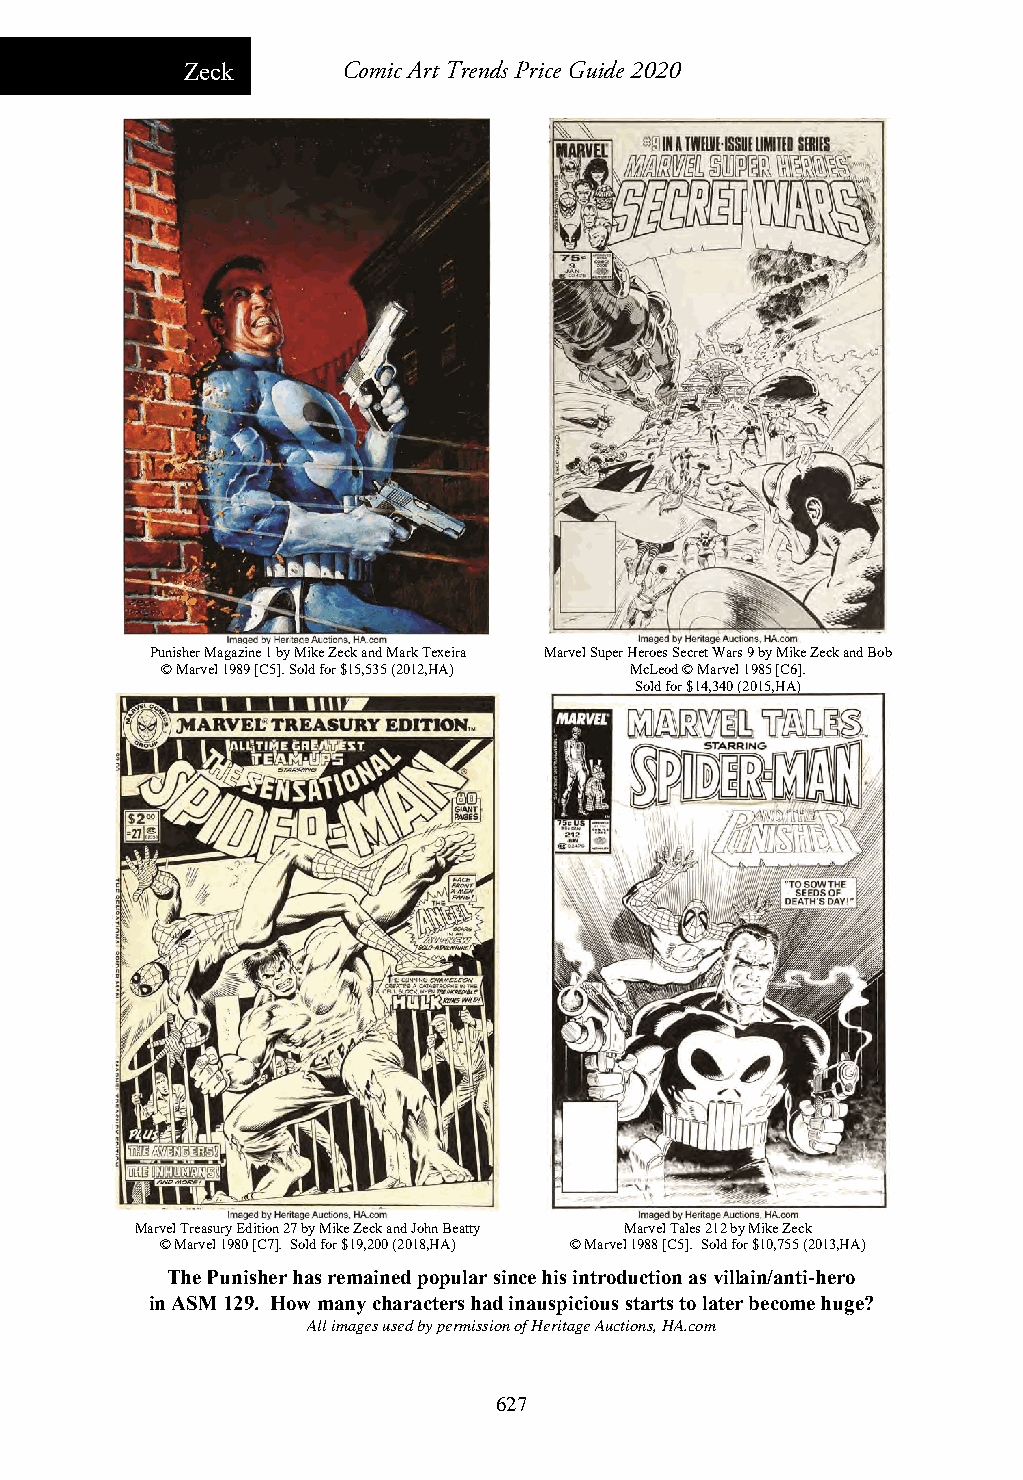
Zeck       Comic Art Trends Price Guide 2020
 Punisher Magazine 1 by Mike Zeck and Mark Texeira Marvel Super Heroes Secret Wars 9 by Mike Zeck and Bob
 © Marvel 1989 [C5]. Sold for $15,535 (2012,HA) McLeod © Marvel 1985 [C6].
 Soldfor $14,340(2015,HA)
 Marvel Treasury Edition 27 by Mike Zeck and John Beatty Marvel Tales 212 by Mike Zeck
 © Marvel 1980 [C7]. Sold for $19,200 (2018,HA) © Marvel 1988 [C5]. Sold for $10,755 (2013,HA)
 The Punisher has remained popular since his introduction as villain/anti-hero
 in ASM 129. How many characters had inauspicious starts to later become huge?
 All images used by permission of Heritage Auctions, HA.com
 627